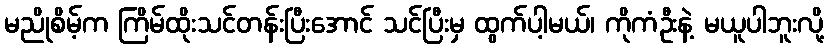
မညိုစိမ့်က ကြိမ်ထိုးသင်တန်းပြီးအောင် သင်ပြီးမှ ထွက်ပါ့မယ်၊ ကိုကံဦးနဲ့ မယူပါဘူးလို့